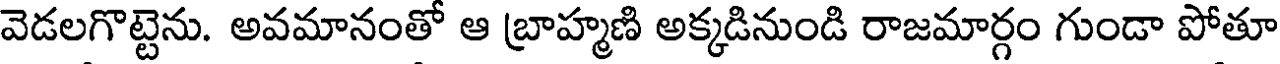
వెడలగొట్టెను. అవమానంతో ఆ బ్రాహ్మణి అక్కడినుండి రాజమార్గం గుండా పోతూ